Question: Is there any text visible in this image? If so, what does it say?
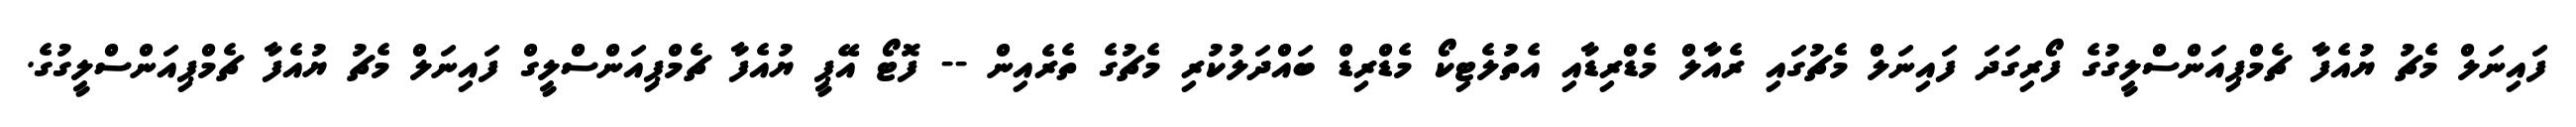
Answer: ފައިނަލް މެޗު ޔުއެފާ ޗެމްޕިއަންސްލީގުގެ ފޯރިގަދަ ފައިނަލް މެޗުގައި ރެއާލް މެޑްރިޑާއި އެތުލެޓިކޯ މެޑްރިޑް ބައްދަލުކުރި މެޗުގެ ތެރެއިން -- ފޮޓޯ އޭޕީ ޔުއެފާ ޗެމްޕިއަންސްލީގް ފައިނަލް މެޗު ޔުއެފާ ޗެމްޕިއަންސްލީގުގެ.